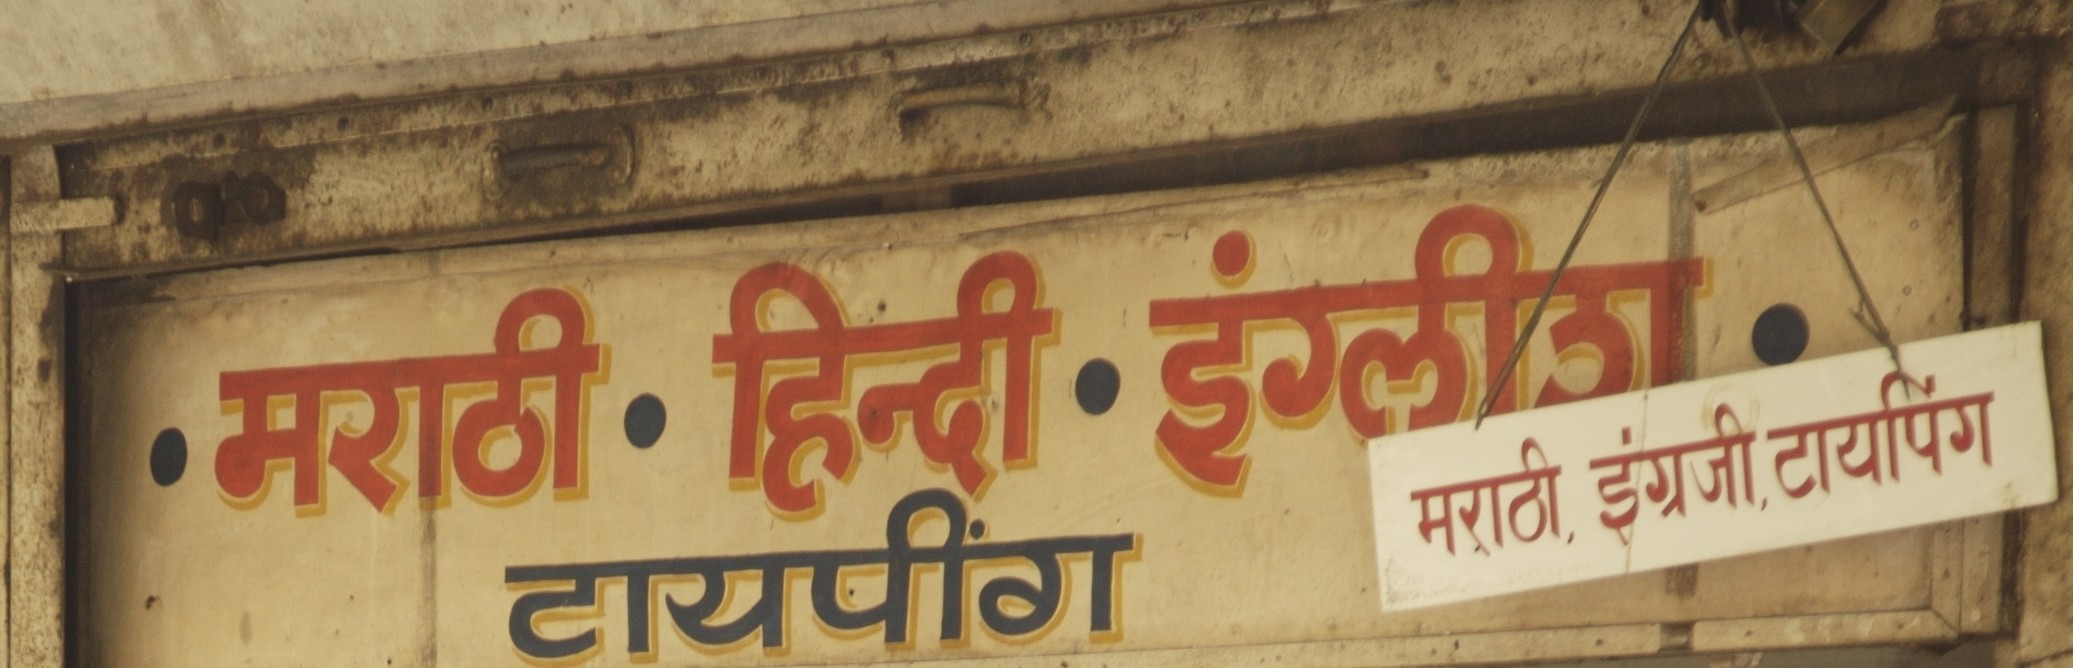
Language: hindi
Transcription: इंग्लीश हिन्दी इंग्रजी टायपींग मराठी टायपिंग मराठी